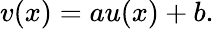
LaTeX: v(x)=au(x)+b.